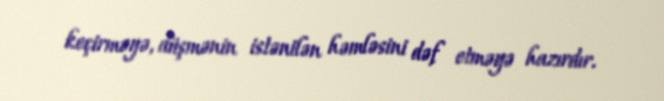
keçirməyə, düşmənin istənilən həmləsini dəf etməyə hazırdır.